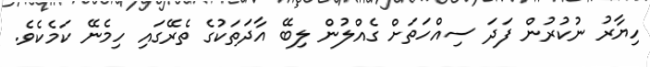
ހިޔާރު ނުކުރުން ފަދަ ސިއްހަތަށް ގެއްލުން ލިބޭ އާދަތަކުގެ ތެރޭގައި ހިމެނޭ ކަމެކެވެ.